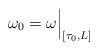
\begin{align*}\omega_0 = \omega \Big|_{[\tau_0,L]}\end{align*}